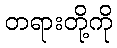
တရားတို့ကို